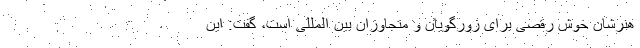
هنرشان خوش رقصی برای زورگویان و متجاوزان بین المللی است، گفت: این